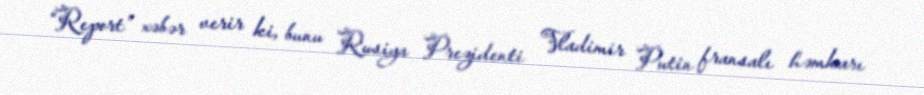
“Report” xəbər verir ki, bunu Rusiya Prezidenti Vladimir Putin fransalı həmkarı